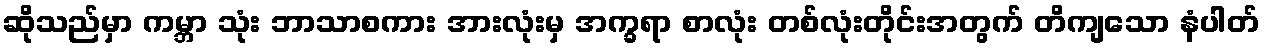
ဆိုသည်မှာ ကမ္ဘာ သုံး ဘာသာစကား အားလုံးမှ အက္ခရာ စာလုံး တစ်လုံးတိုင်းအတွက် တိကျသော နံပါတ်